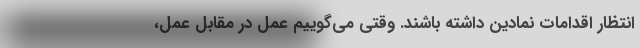
انتظار اقدامات نمادین داشته باشند. وقتی می‌گوییم عمل در مقابل عمل،